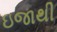
ઇજાથી